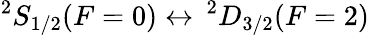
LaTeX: {}^{2}S_{1/2}(F=0)\leftrightarrow\, {}^{2}D_{3/2}(F=2)